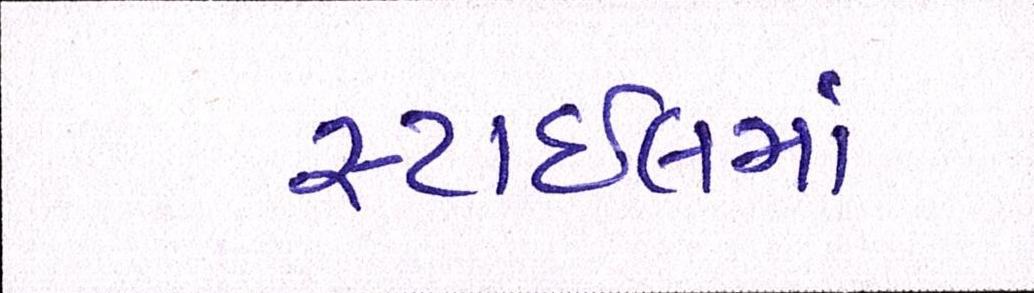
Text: સ્ટાઈલમાં